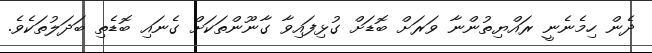
ދެން ހިމެނެނީ ރައްޔިތުންނާ ވަރަށް ބޮޑަށް ގުޅިފައިވާ ގާނޫންތަކަށް ގެނައި ބޮޑެތި ބަދަލުތަކެވެ.